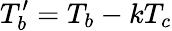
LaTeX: T_{b}^{\prime}=T_{b}-kT_{c}